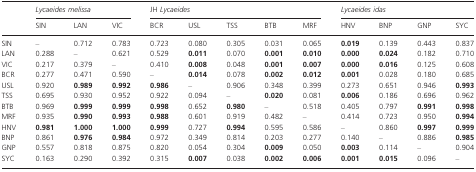
<table><thead><tr><td>[EMPTY_CELL]</td><td colspan="3"><b><i>Lycaeides melissa</i></b></td><td colspan="5"><b>JH <i>Lycaeides</i></b></td><td colspan="4"><b><i>Lycaeides idas</i></b></td></tr><tr><td>[EMPTY_CELL]</td><td><b>SIN</b></td><td><b>LAN</b></td><td><b>VIC</b></td><td><b>BCR</b></td><td><b>USL</b></td><td><b>TSS</b></td><td><b>BTB</b></td><td><b>MRF</b></td><td><b>HNV</b></td><td><b>BNP</b></td><td><b>GNP</b></td><td><b>SYC</b></td></tr></thead><tbody><tr><td>SIN</td><td>–</td><td>0.712</td><td>0.783</td><td>0.723</td><td>0.080</td><td>0.305</td><td>0.031</td><td>0.065</td><td><b>0.019</b></td><td>0.139</td><td>0.443</td><td>0.837</td></tr><tr><td>LAN</td><td>0.288</td><td>–</td><td>0.621</td><td>0.529</td><td><b>0.011</b></td><td>0.070</td><td><b>0.001</b></td><td><b>0.010</b></td><td><b>0.000</b></td><td><b>0.024</b></td><td>0.182</td><td>0.710</td></tr><tr><td>VIC</td><td>0.217</td><td>0.379</td><td>–</td><td>0.410</td><td><b>0.008</b></td><td>0.048</td><td><b>0.001</b></td><td><b>0.007</b></td><td><b>0.000</b></td><td><b>0.016</b></td><td>0.125</td><td>0.608</td></tr><tr><td>BCR</td><td>0.277</td><td>0.471</td><td>0.590</td><td>–</td><td><b>0.014</b></td><td>0.078</td><td><b>0.002</b></td><td><b>0.012</b></td><td><b>0.001</b></td><td>0.028</td><td>0.180</td><td>0.685</td></tr><tr><td>USL</td><td>0.920</td><td><b>0.989</b></td><td><b>0.992</b></td><td><b>0.986</b></td><td>–</td><td>0.906</td><td>0.348</td><td>0.399</td><td>0.273</td><td>0.651</td><td>0.946</td><td><b>0.993</b></td></tr><tr><td>TSS</td><td>0.695</td><td>0.930</td><td>0.952</td><td>0.922</td><td>0.094</td><td>–</td><td><b>0.020</b></td><td>0.081</td><td><b>0.006</b></td><td>0.186</td><td>0.696</td><td>0.962</td></tr><tr><td>BTB</td><td>0.969</td><td><b>0.999</b></td><td><b>0.999</b></td><td><b>0.998</b></td><td>0.652</td><td><b>0.980</b></td><td>–</td><td>0.518</td><td>0.405</td><td>0.797</td><td><b>0.991</b></td><td><b>0.998</b></td></tr><tr><td>MRF</td><td>0.935</td><td><b>0.990</b></td><td><b>0.993</b></td><td><b>0.988</b></td><td>0.601</td><td>0.919</td><td>0.482</td><td>–</td><td>0.414</td><td>0.723</td><td>0.950</td><td><b>0.994</b></td></tr><tr><td>HNV</td><td><b>0.981</b></td><td><b>1.000</b></td><td><b>1.000</b></td><td><b>0.999</b></td><td>0.727</td><td><b>0.994</b></td><td>0.595</td><td>0.586</td><td>–</td><td>0.860</td><td><b>0.997</b></td><td><b>0.999</b></td></tr><tr><td>BNP</td><td>0.861</td><td><b>0.976</b></td><td><b>0.984</b></td><td>0.972</td><td>0.349</td><td>0.814</td><td>0.203</td><td>0.277</td><td>0.140</td><td>–</td><td>0.886</td><td><b>0.985</b></td></tr><tr><td>GNP</td><td>0.557</td><td>0.818</td><td>0.875</td><td>0.820</td><td>0.054</td><td>0.304</td><td><b>0.009</b></td><td>0.050</td><td><b>0.003</b></td><td>0.114</td><td>–</td><td>0.904</td></tr><tr><td>SYC</td><td>0.163</td><td>0.290</td><td>0.392</td><td>0.315</td><td><b>0.007</b></td><td>0.038</td><td><b>0.002</b></td><td><b>0.006</b></td><td><b>0.001</b></td><td><b>0.015</b></td><td>0.096</td><td>–</td></tr></tbody></table>